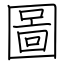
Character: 圖